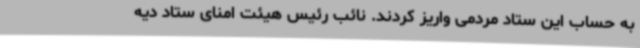
به حساب این ستاد مردمی واریز کردند. نائب رئیس هیئت امنای ستاد دیه